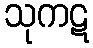
သုကဋ